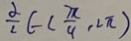
\frac { \alpha } { 2 } \in ( \frac { \pi } { 4 } , 2 \pi )